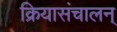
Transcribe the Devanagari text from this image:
क्रियासंचालन्